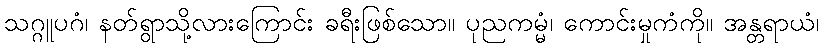
သဂ္ဂူပဂံ၊ နတ်ရွာသို့လားကြောင်း ခရီးဖြစ်သော။ ပုညကမ္မံ၊ ကောင်းမှုကံကို။ အန္တရာယံ၊